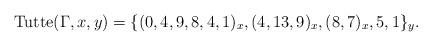
LaTeX: \begin{gather*}{\rm Tutte}(\Gamma,x,y)= \{(0,4,9,8,4,1)_{x}, (4,13,9)_{x}, (8,7)_{x}, 5, 1 \}_{y}.\end{gather*}